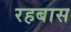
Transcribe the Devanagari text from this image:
रहबास